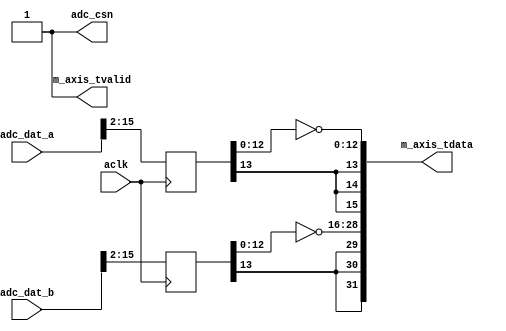

`timescale 1 ns / 1 ps

module axis_red_pitaya_adc #
(
  parameter integer ADC_DATA_WIDTH = 14
)
(
  // System signals
  input  wire        aclk,

  // ADC signals
  output wire        adc_csn,
  input  wire [15:0] adc_dat_a,
  input  wire [15:0] adc_dat_b,

  // Master side
  output wire        m_axis_tvalid,
  output wire [31:0] m_axis_tdata
);
  localparam PADDING_WIDTH = 16 - ADC_DATA_WIDTH;

  reg  [ADC_DATA_WIDTH-1:0] int_dat_a_reg;
  reg  [ADC_DATA_WIDTH-1:0] int_dat_b_reg;

  always @(posedge aclk)
  begin
    int_dat_a_reg <= adc_dat_a[15:PADDING_WIDTH];
    int_dat_b_reg <= adc_dat_b[15:PADDING_WIDTH];
  end

  assign adc_csn = 1'b1;

  assign m_axis_tvalid = 1'b1;

  assign m_axis_tdata = {
    {(PADDING_WIDTH+1){int_dat_b_reg[ADC_DATA_WIDTH-1]}}, ~int_dat_b_reg[ADC_DATA_WIDTH-2:0],
    {(PADDING_WIDTH+1){int_dat_a_reg[ADC_DATA_WIDTH-1]}}, ~int_dat_a_reg[ADC_DATA_WIDTH-2:0]};

endmodule